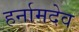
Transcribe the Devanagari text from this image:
हर्नामदेव